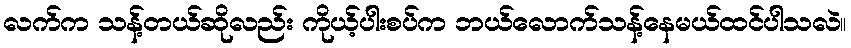
လက်က သန့်တယ်ဆိုလည်း ကိုယ့်ပါးစပ်က ဘယ်လောက်သန့်နေမယ်ထင်ပါသလဲ။